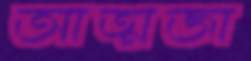
আত্মজা